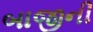
બાજીની